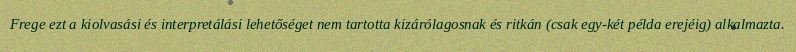
Frege ezt a kiolvasási és interpretálási lehetőséget nem tartotta kizárólagosnak és ritkán (csak egy-két példa erejéig) alkalmazta.